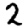
Digit: 2